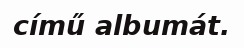
című albumát.